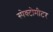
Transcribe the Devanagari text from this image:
स्पेक्टोमीटर